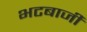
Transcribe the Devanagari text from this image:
भटबाजी